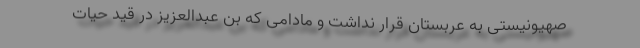
صهیونیستی به عربستان قرار نداشت و مادامی که بن عبدالعزیز در قید حیات